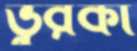
ভুরকী